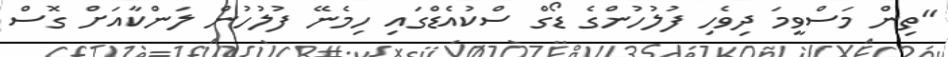
"ތިން މަސްވީމަ ދިވެހި ފުލުހުންގެ ޑޯގް ސްކުއެޑްގައި ހިމެނޭ ފުލުހުން ލަންކާއަށް ގޮސް